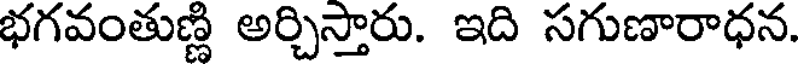
భగవంతుణ్ణి అర్చిస్తారు. ఇది సగుణారాధన.